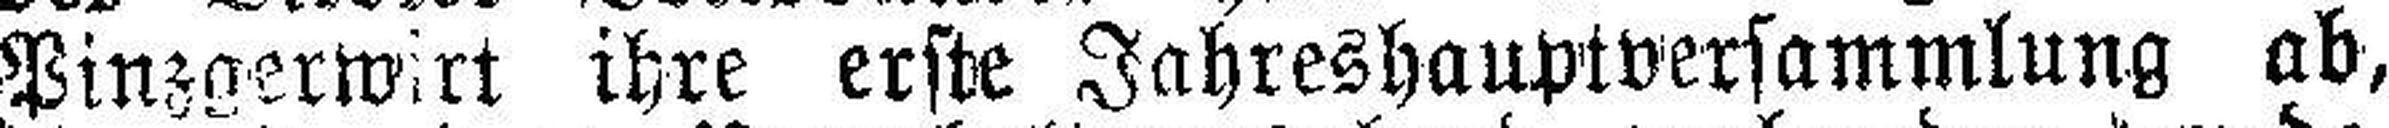
Pinzgerwirt ihre erste Jahreshauptversammlung ab,